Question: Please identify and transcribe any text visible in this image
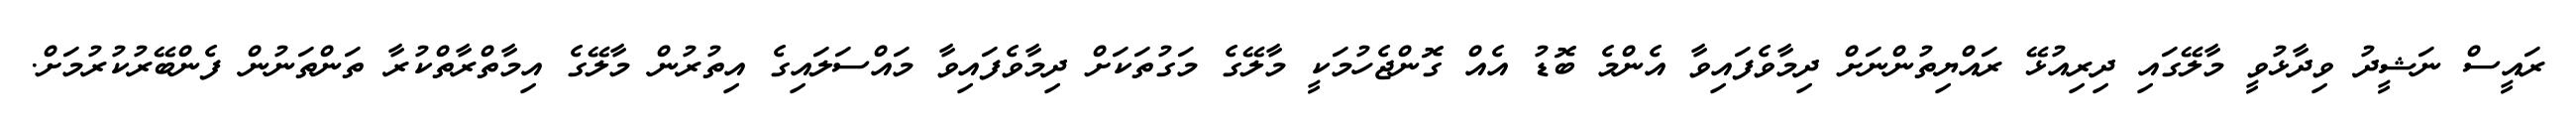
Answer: ރައީސް ނަޝީދު ވިދާޅުވީ މާލޭގައި ދިރިއުޅޭ ރައްޔިތުންނަށް ދިމާވެފައިވާ އެންމެ ބޮޑު އެއް ގޮންޖެހުމަކީ މާލޭގެ މަގުތަކަށް ދިމާވެފައިވާ މައްސަލައިގެ އިތުރުން މާލޭގެ އިމާތްރާތްކުރާ ތަންތަނުން ފެންބޭރުކުރުމަށް.